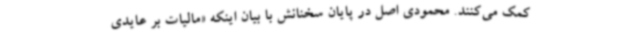
کمک می‌کنند. محمودی اصل در پایان سخنانش با بیان اینکه «مالیات بر عایدی